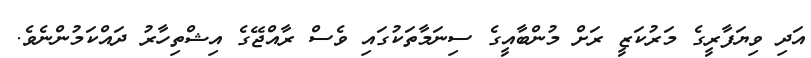
އަދި ވިޔަފާރީގެ މަރުކަޒީ ރަށް މުންބާއީގެ ސިނަމާތަކުގައި ވެސް ރާއްޖޭގެ އިޝްތިހާރު ދައްކަމުންނެވެ.